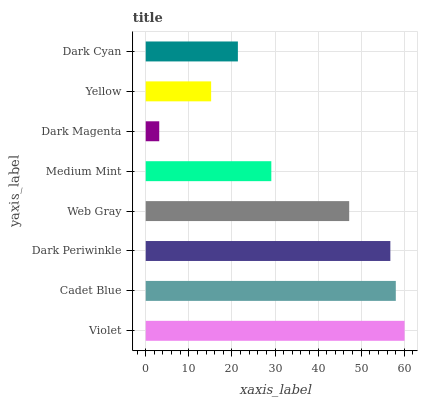
| yaxis_label | bars |
 | --- | --- |
 | Violet | 60.1 |
 | Cadet Blue | 58 |
 | Dark Periwinkle | 56.8 |
 | Web Gray | 47.2 |
 | Medium Mint | 29.1 |
 | Dark Magenta | 3.14 |
 | Yellow | 15.2 |
 | Dark Cyan | 21.4 |